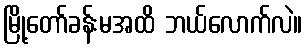
မြို့တော်ခန်းမအထိ ဘယ်လောက်လဲ။